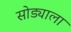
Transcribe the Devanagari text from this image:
सोड्याला